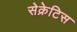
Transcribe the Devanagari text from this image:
सेक्रेटिस